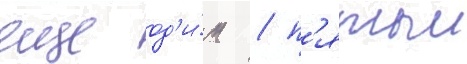
еще од'и́н / п'ятыи